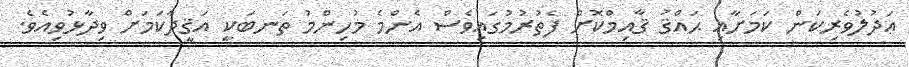
ޢަދުލުވެރިކަން ކަމަށާއި ޙައްޤު ޤާއިމްކޮށް ފެތުރުމުގައިވެސް އެންމެ މުހިންމު ތަނބަކީ އަޤީދާކަމަށް ވިދާޅުވިއެވެ.